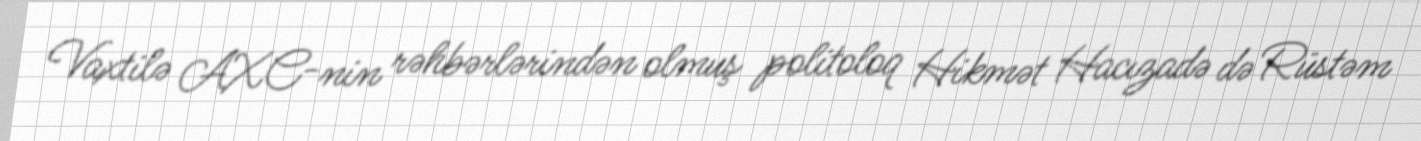
Vaxtilə AXC-nin rəhbərlərindən olmuş politoloq Hikmət Hacızadə də Rüstəm